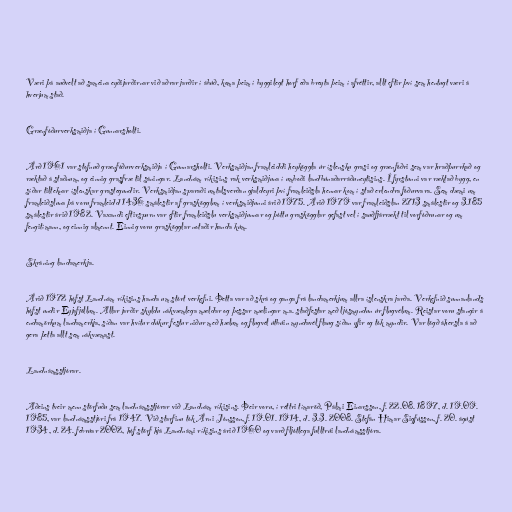
Væri þá auðvelt að sameina eyðijarðirnar við aðrar jarðir í ábúð, koma þeim í byggilegt horf eða breyta þeim í afréttir, allt eftir því sem hentugt væri á
hverjum stað.

Grænfóðurverksmiðja í Gunnarsholti.

Árð 1961 var stofnuð grænfóðurverksmiðja í Gunnarsholti. Verksmiðjan framleiddi heyköggla úr íslensku grasi og grænfóðri sem var hraðþurrkað og
ræktað á staðnum, og einnig grasfræ til sáningar. Landnám ríkisins rak verksmiðjuna í umboði landbúnaðarráðuneytisins. Í fyrstunni var ræktað bygg, en
síðar tilteknar íslenskar grastegundir. Verksmiðjan sparaði umtalsverðan gjaldeyri því framleiðsla hennar kom í stað erlendra fóðurvara. Sem dæmi um
framleiðsluna þá voru framleidd 1436 smálestir af graskögglum í verksmiðjunni árið 1975. Árið 1979 var framleiðslan 2713 smálestir og 3.185
smálestir árið 1982. Vaxandi eftirspurn var eftir framleiðslu verksmiðjunnar og þóttu graskögglar gefast vel í sauðfjárrækt til vorfóðrunar og um
fengitímann, og einnig almennt. Einnig voru graskögglar notaðir handa kúm.

Skráning landamerkja.

Árið 1972 hófst Landnám ríkisins handa um stórt verkefni. Þetta var að skrá og ganga frá landamerkjum allra íslenskra jarða. Verkefnið sunnanlands
hófst undir Eyjafjöllum. Allar jarðir skyldu nákvæmlega mældar og þessar mælingar m.a. staðfestar með ljósmyndun úr flugvélum. Reistar voru stangir á
endamörkum landamerkja, síðan var hvítur dúkur festur niður með hælum og flugvél útbúin myndavél flaug síðan yfir og tók myndir. Var lögð áhersla á að
gera þetta allt sem nákvæmast.

Landnámsstjórar.

Aðeins tveir menn störfuðu sem landnámsstjórar við Landnám ríkisins. Þeir voru, í réttri tímaröð, Pálmi Einarsson, f. 22.08. 1897, d. 19.09.
1985, var landnámsstjóri frá 1947. Við starfinu tók Árni Jónsson, f. 19.01. 1914, d. 3.3. 2008. Stefán Himar Sigfússon, f. 20. ágúst
1934, d. 24. febrúar 2002, hóf störf hjá Landnámi ríkisins árið 1960 og varð fljótlega fulltrúi landnámsstjóra.